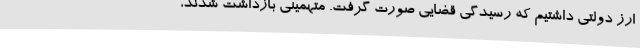
ارز دولتی داشتیم که رسیدگی قضایی صورت گرفت. متهمینی بازداشت شدند،